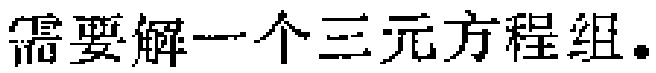
需要解一个三元方程组。